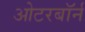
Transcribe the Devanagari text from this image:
ओटरबॉर्न